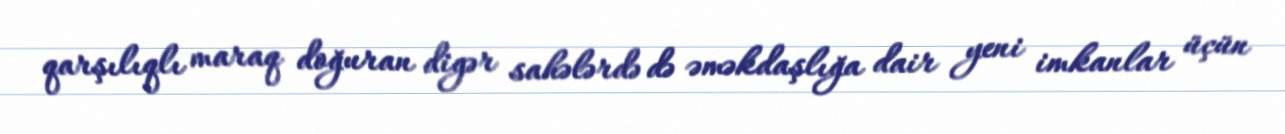
qarşılıqlı maraq doğuran digər sahələrdə də əməkdaşlığa dair yeni imkanlar üçün